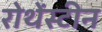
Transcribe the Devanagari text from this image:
रोथेंस्टीन